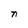
Character: n